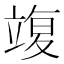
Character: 𥪚